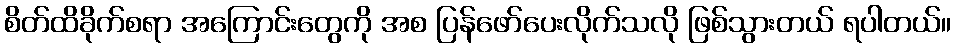
စိတ်ထိခိုက်စရာ အကြောင်းတွေကို အစ ပြန်ဖော်ပေးလိုက်သလို ဖြစ်သွားတယ် ရပါတယ်။